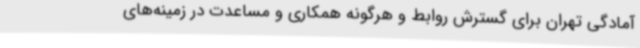
آمادگی تهران برای گسترش روابط و هرگونه همکاری و مساعدت در زمینه‌های